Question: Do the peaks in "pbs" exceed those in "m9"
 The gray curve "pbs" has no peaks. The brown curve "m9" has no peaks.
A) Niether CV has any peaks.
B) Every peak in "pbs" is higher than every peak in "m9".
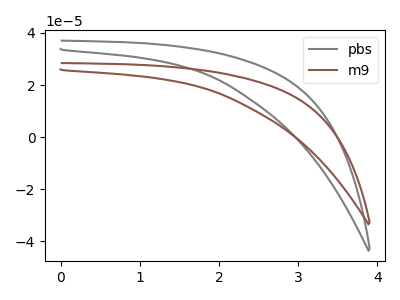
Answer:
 <answer>A) Niether CV has any peaks.</answer>
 <eval>A</eval>